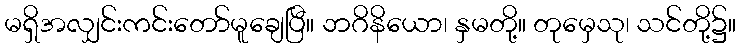
မရှိအလျှင်းကင်းတော်မူချေပြီ။ ဘဂိနိယော၊ နှမတို့။ တုမှေသု၊ သင်တို့၌။